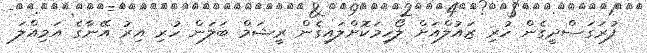
ފުރަގަސްދީގެން ހުރި ޒައުލްއަށް ލޯހިމަކޮށްލައިގެން ރީޝަމް ބަލަން ހުރި އިރު އޭނާގެ އަމިއްލަ